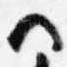
ヘ